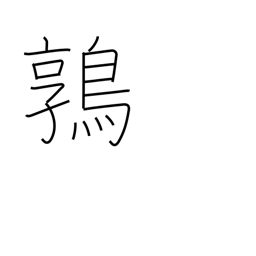
Meaning: quail